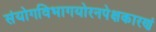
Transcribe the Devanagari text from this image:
संयोगविभागयोरनपेक्षकारणं